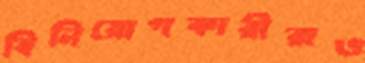
বিনিয়োগকারীরাও